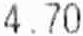
4.70